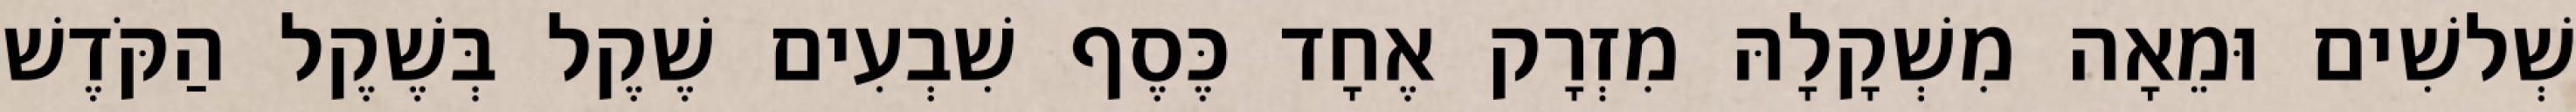
שְׁלשִׁים וּמֵאָה מִשְׁקָלָהּ מִזְרָק אֶחָד כֶּסֶף שִׁבְעִים שֶׁקֶל בְּשֶׁקֶל הַקֹּדֶשׁ